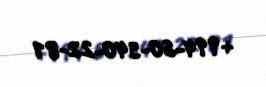
+994-50-540-22-81